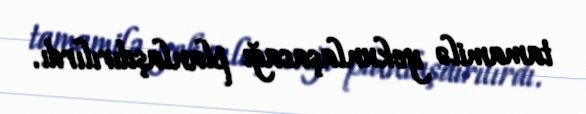
tamamilə yekunlaşacağı planlaşdırılırdı.